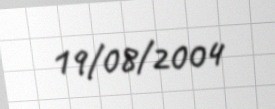
19/08/2004